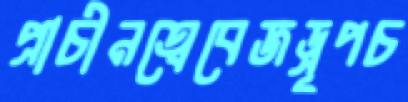
প্রাচীনত্বেবেজড্রূপচ